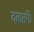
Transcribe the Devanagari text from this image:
दलतर्फे